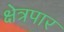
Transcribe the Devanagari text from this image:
क्षेत्रपार